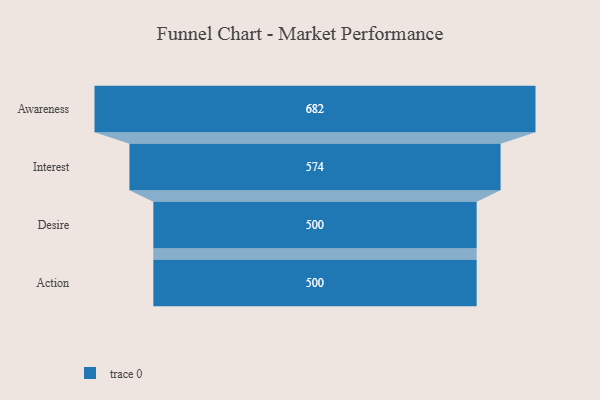
{"axis": {"x": "Stage", "y": "Value"}, "legend": [""], "data": [{"x": "Awareness", "y": 682.0, "type": ""}, {"x": "Interest", "y": 574.0, "type": ""}, {"x": "Desire", "y": 500, "type": ""}, {"x": "Action", "y": 500, "type": ""}]}